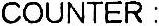
COUNTER :